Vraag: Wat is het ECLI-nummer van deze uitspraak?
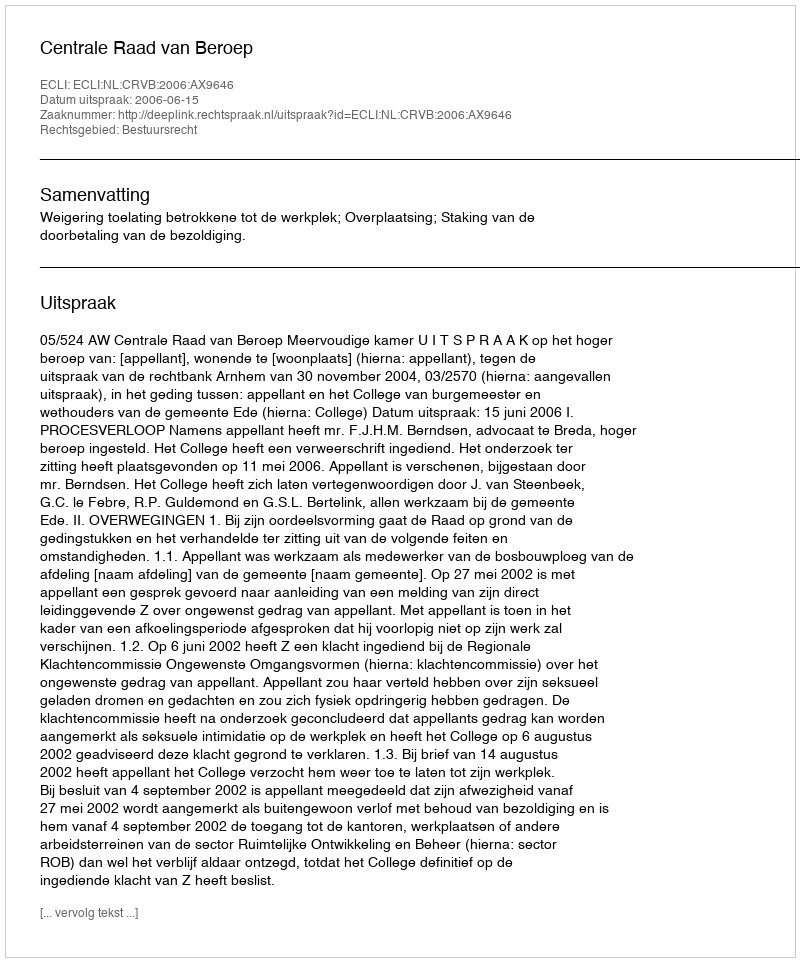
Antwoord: ECLI:NL:CRVB:2006:AX9646